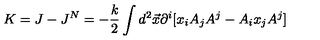
K = J - J ^ { N } = - \frac { k } { 2 } \int d ^ { 2 } \vec { x } \partial ^ { i } [ x _ { i } A _ { j } A ^ { j } - A _ { i } x _ { j } A ^ { j } ]